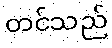
တင်သည်